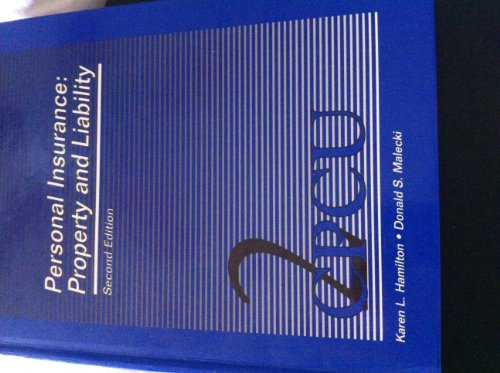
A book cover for Personal Insurance : Property & Liability; Karen L. Hamilton; Business & Money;